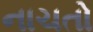
નાચતો